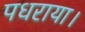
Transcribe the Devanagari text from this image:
पधराया।